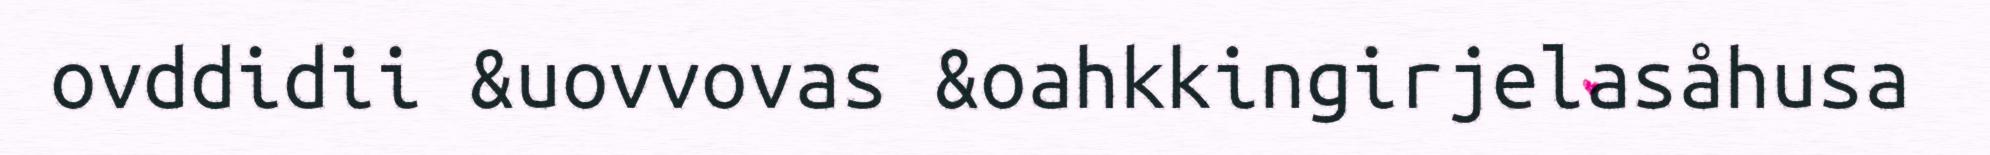
ovddidii &uovvovas &oahkkingirjelasåhusa